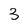
Character: 3